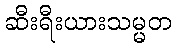
ဆီးရီးယားသမ္မတ